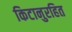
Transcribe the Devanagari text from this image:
किटानुरहित